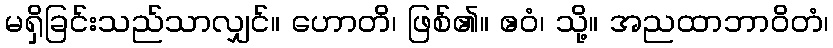
မရှိခြင်းသည်သာလျှင်။ ဟောတိ၊ ဖြစ်၏။ ဧဝံ၊ သို့။ အညထာဘာဝိတံ၊